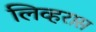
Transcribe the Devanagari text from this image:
लिव्हरास